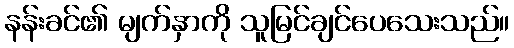
နန်းခင်၏ မျက်နှာကို သူမြင်ချင်ပေသေးသည်။